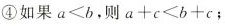
④如果$$a < b$$，则$$ a + c < b + c$$；